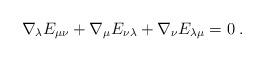
LaTeX: \begin{align*}\nabla_{\lambda}E_{\mu \nu}+\nabla_{\mu}E_{\nu \lambda}+\nabla_{\nu}E_{\lambda \mu}=0 \; .\end{align*}